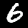
Label: 6